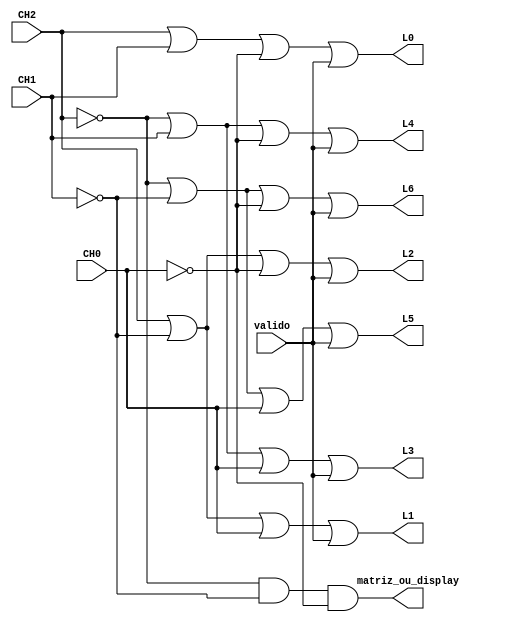
module matriz_linhas (CH2, CH1, CH0, valido, matriz_ou_display,L0,L1,L2,L3,L4,L5,L6);

	input CH2, CH1, CH0,valido; //se valido == 1 ( codigo binrio invlido ), 
										//nenhuma linha liga ( fica 1111111 ) por ser or
	
	output matriz_ou_display; //nenhuma linha liga = 1 ( exibe display ), liga alguma linha = 0 ( exibe matriz )
	output L0,L1,L2,L3,L4,L5,L6;   //as 7 linhas da matriz
	
	//Inverter
	wire nCH2, nCH1, nCH0;
	
	//inversoras
	not(nCH2, CH2);
	not(nCH1, CH1);
	not(nCH0, CH0);
	
	//matriz_ou_display
	and(matriz_ou_display, nCH2, nCH1, nCH0);
	
	//linha 1
	or(L0, CH2, CH1, nCH0, valido); //001
	
	//linha 2
	or(L1, CH2, nCH1, CH0, valido); //010
	
	//linha 3
	or(L2, CH2, nCH1, nCH0, valido); //011
	
	//linha 4
	or(L3, nCH2, CH1, CH0, valido); //100
	
	//linha 5
	or(L4, nCH2, CH1, nCH0, valido); //101
	
	//linha 6
	or(L5, nCH2, nCH1, CH0, valido); //110
	
	//linha 7
	or(L6, nCH2, nCH1, nCH0, valido); //111

endmodule